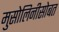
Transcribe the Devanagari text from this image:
मुसोलिनीसोबत